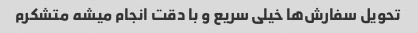
تحویل سفارش‌ها خیلی سریع و با دقت انجام میشه متشکرم